system: You are a helpful assistant.
user:
Analyze the provided spectrum to determine if it is a **White Dwarf (WD)**.

A White Dwarf spectrum is defined by its **extreme purity** (due to gravitational settling) and/or **extreme pressure broadening** (due to high surface gravity). You must check for one of the following mutually exclusive signatures:

- **Key Visual Indicators (Check for ONE of these types):**

    - **1. DA-Type Signature (Most Common):**
        - **(Primary Feature):** Extreme pressure broadening (Stark broadening) of the **Hydrogen (H) Balmer lines**.
        - **(Key Lines):** $H\beta$ (approx. $4861$ Å) and $H\gamma$ (approx. $4340$ Å). $H\alpha$ (approx. $6563$ Å) will also be present if the wavelength range covers it.
        - **(Line Profile):** This is the **defining feature**. The lines are **NOT** sharp. They appear as massive, **extremely broad and deep "troughs" or "dips"** in the spectrum, often hundreds of Ångströms wide. The continuum will appear to "scoop" down at these wavelengths.
        - **(Distinction):** Normal A-type or B-type stars have *narrow* and *sharp* Hydrogen lines. A DA White Dwarf's lines are unmistakably "smeared" or "blurry" from pressure.

    - **2. DB-Type Signature:**
        - **(Primary Feature):** Broad absorption lines from **Neutral Helium (He I)**. The spectrum must lack any visible Hydrogen lines.
        - **(Key Lines):** Look for broad absorption near $4471$ Å, $4921$ Å, and $5876$ Å.
        - **(Line Profile):** These lines are also significantly pressure-broadened, appearing much wider than they would in a normal B-type main-sequence star.

    - **3. DC-Type Signature:**
        - **(Primary Feature):** A **featureless continuous spectrum**.
        - **(Line Profile):** The spectrum is a smooth curve with **no significant absorption or emission lines**.
        - **(Key Confirmation):** The continuum is almost always **blue or white**, indicating a hot object. This signature implies the atmosphere is so pure (or so cool) that no spectral lines are visible in the optical range. Its WD identity is confirmed by its extremely low intrinsic brightness (high absolute magnitude).

    - **4. DZ-Type Signature (Metal-Polluted):**
        - **(Primary Feature):** **Isolated, narrow metal absorption lines** on an otherwise featureless (DC-like) continuum.
        - **(Key Lines):** The **Calcium (Ca II) H & K doublet** (approx. **$3934$ Å** and **$3968$ Å**) is the most common and defining feature.
        - **(Line Profile):** These lines are "out of place." They are *not* part of a "forest" of thousands of lines. This signature is evidence of recent *accretion* (pollution) from rocky debris.
        - **(Distinction):** Normal G/K/M stars have a *dense forest* of thousands of metal lines. A DZ has a *clean* continuum with *only a few* strong metal lines.

    - **5. DQ-Type Signature (Carbon-Polluted):**
        - **(Primary Feature):** Absorption bands from **Carbon (C₂ "Swan Bands" or atomic C I)**.
        - **(Key Lines - C₂):** Look for bandheads with a "saw-tooth" shape near $5635$ Å, **$5165$ Å** (strongest), and $4737$ Å.
        - **(Key Confirmation):** The underlying **continuum must be blue or white** (hot).
        - **(Distinction):** This is the critical difference from a **Carbon Star**, which has the *exact same* C₂ bands but on an extremely **red, cool** continuum.

- **(Overall Spectrum):**
    - The continuum (overall shape) is typically **blue-sloping** (brighter in the blue than the red), as most white dwarfs are very hot.
    - The spectrum will look "pure" or "simple," dominated by only *one* of the five signatures listed above.

Think first, call **spectral_visualization_tool** if needed to examine features in detail, then provide your final answer. Your response must adhere to the following strict rules:
1.  **Overall Structure:** Your response must follow the format `<think>...</think> <tool_call>...</tool_call> (if a tool is used) <answer>...</answer>`.
2.  **Tool Usage Constraint:** You may only make **one** tool call per turn.
3.  **Final Answer Format:** In the `<answer>` tag, your conclusion must be inside a `\boxed{}` command (e.g., `\boxed{YES}` or `\boxed{NO}`), followed by your justification.

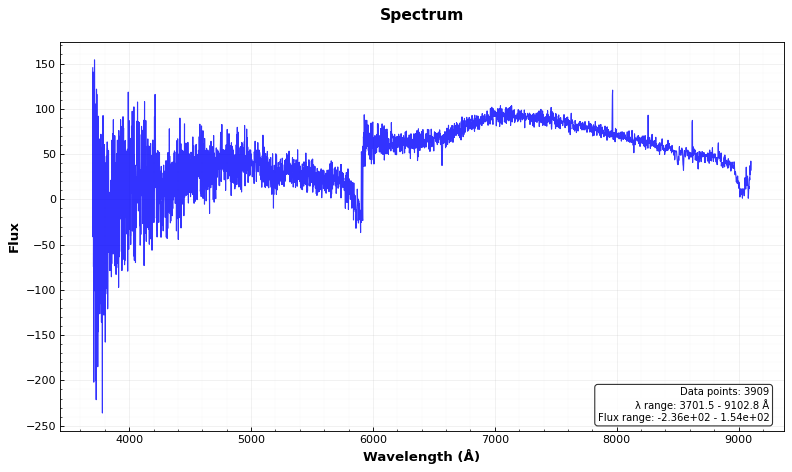
Answer: NO